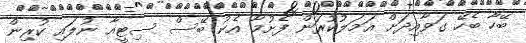
ބޭހާ ބެހޭ ގަވާއިދަށް އަމަލުކުރަން ފެށުމާ އެކު ބޭސް ސިޓީއާ ނުލައި ކުރިން